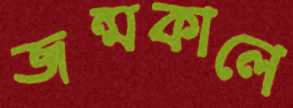
জন্মকালে